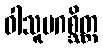
ဝါသူပဂစ္ဆိတ္ထ